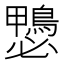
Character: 𱈶